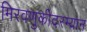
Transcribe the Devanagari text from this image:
मिरवणुकीदरम्यान